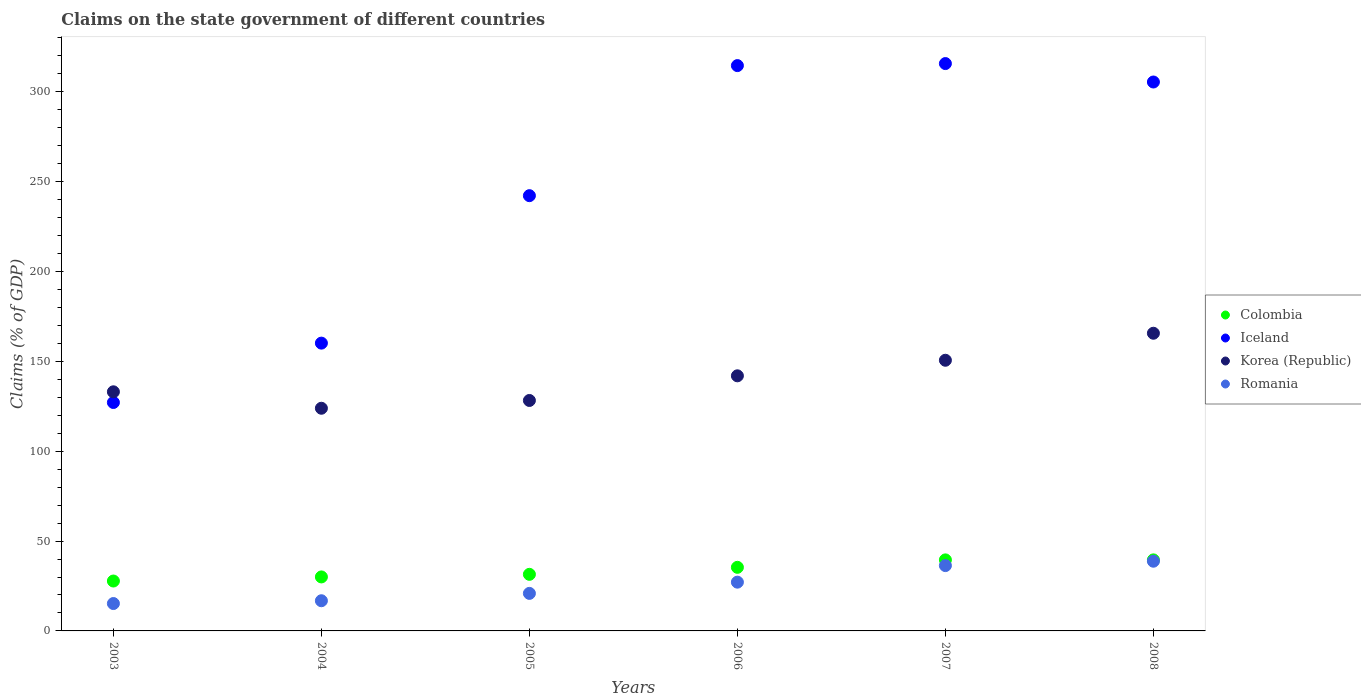
| Years | Colombia | Iceland | Korea (Republic) | Romania |
 | --- | --- | --- | --- | --- |
 | 2003 | 27.8 | 127 | 133 | 15.2 |
 | 2004 | 30 | 160 | 124 | 16.8 |
 | 2005 | 31.5 | 242 | 128 | 20.9 |
 | 2006 | 35.4 | 315 | 142 | 27.1 |
 | 2007 | 39.5 | 316 | 151 | 36.3 |
 | 2008 | 39.5 | 305 | 166 | 38.8 |